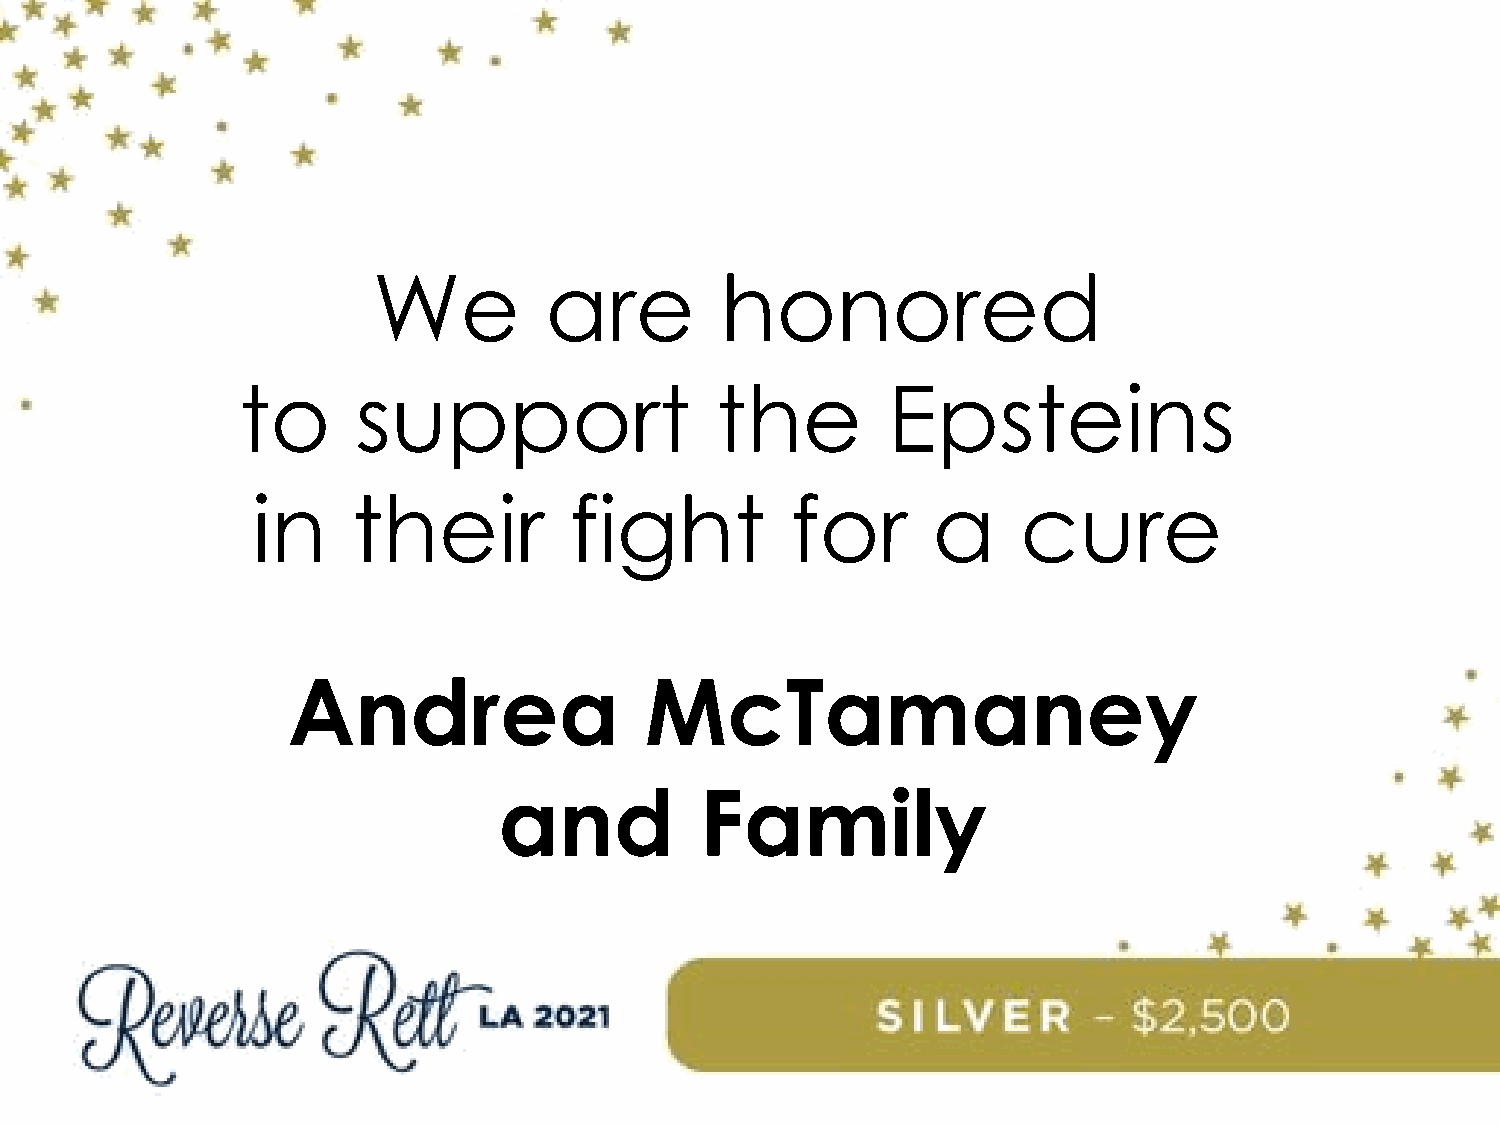
We         are         honored
 to      support                the         Epsteins
 in    their          fight         for       a     cure
 Andrea                  McTamaney
 and          Family